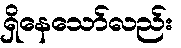
ရှိနေသော်လည်း